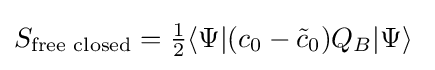
S_{\text{free closed}}={\tfrac {1}{2}}\langle \Psi |(c_{0}-{\tilde {c}}_{0})Q_{B}|\Psi \rangle \